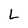
Character: L